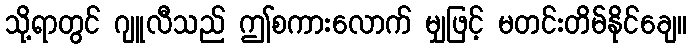
သို့ရာတွင် ဂျူလီသည် ဤစကားလောက် မျှဖြင့် မတင်းတိမ်နိုင်ချေ။